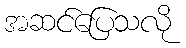
အဆင်ပြေသလို